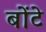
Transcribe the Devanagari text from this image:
बोंटे